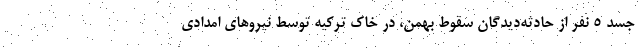
جسد 5 نفر از حادثه‌ديدگان سقوط بهمن، در خاك تركيه توسط نيروهاي امدادي